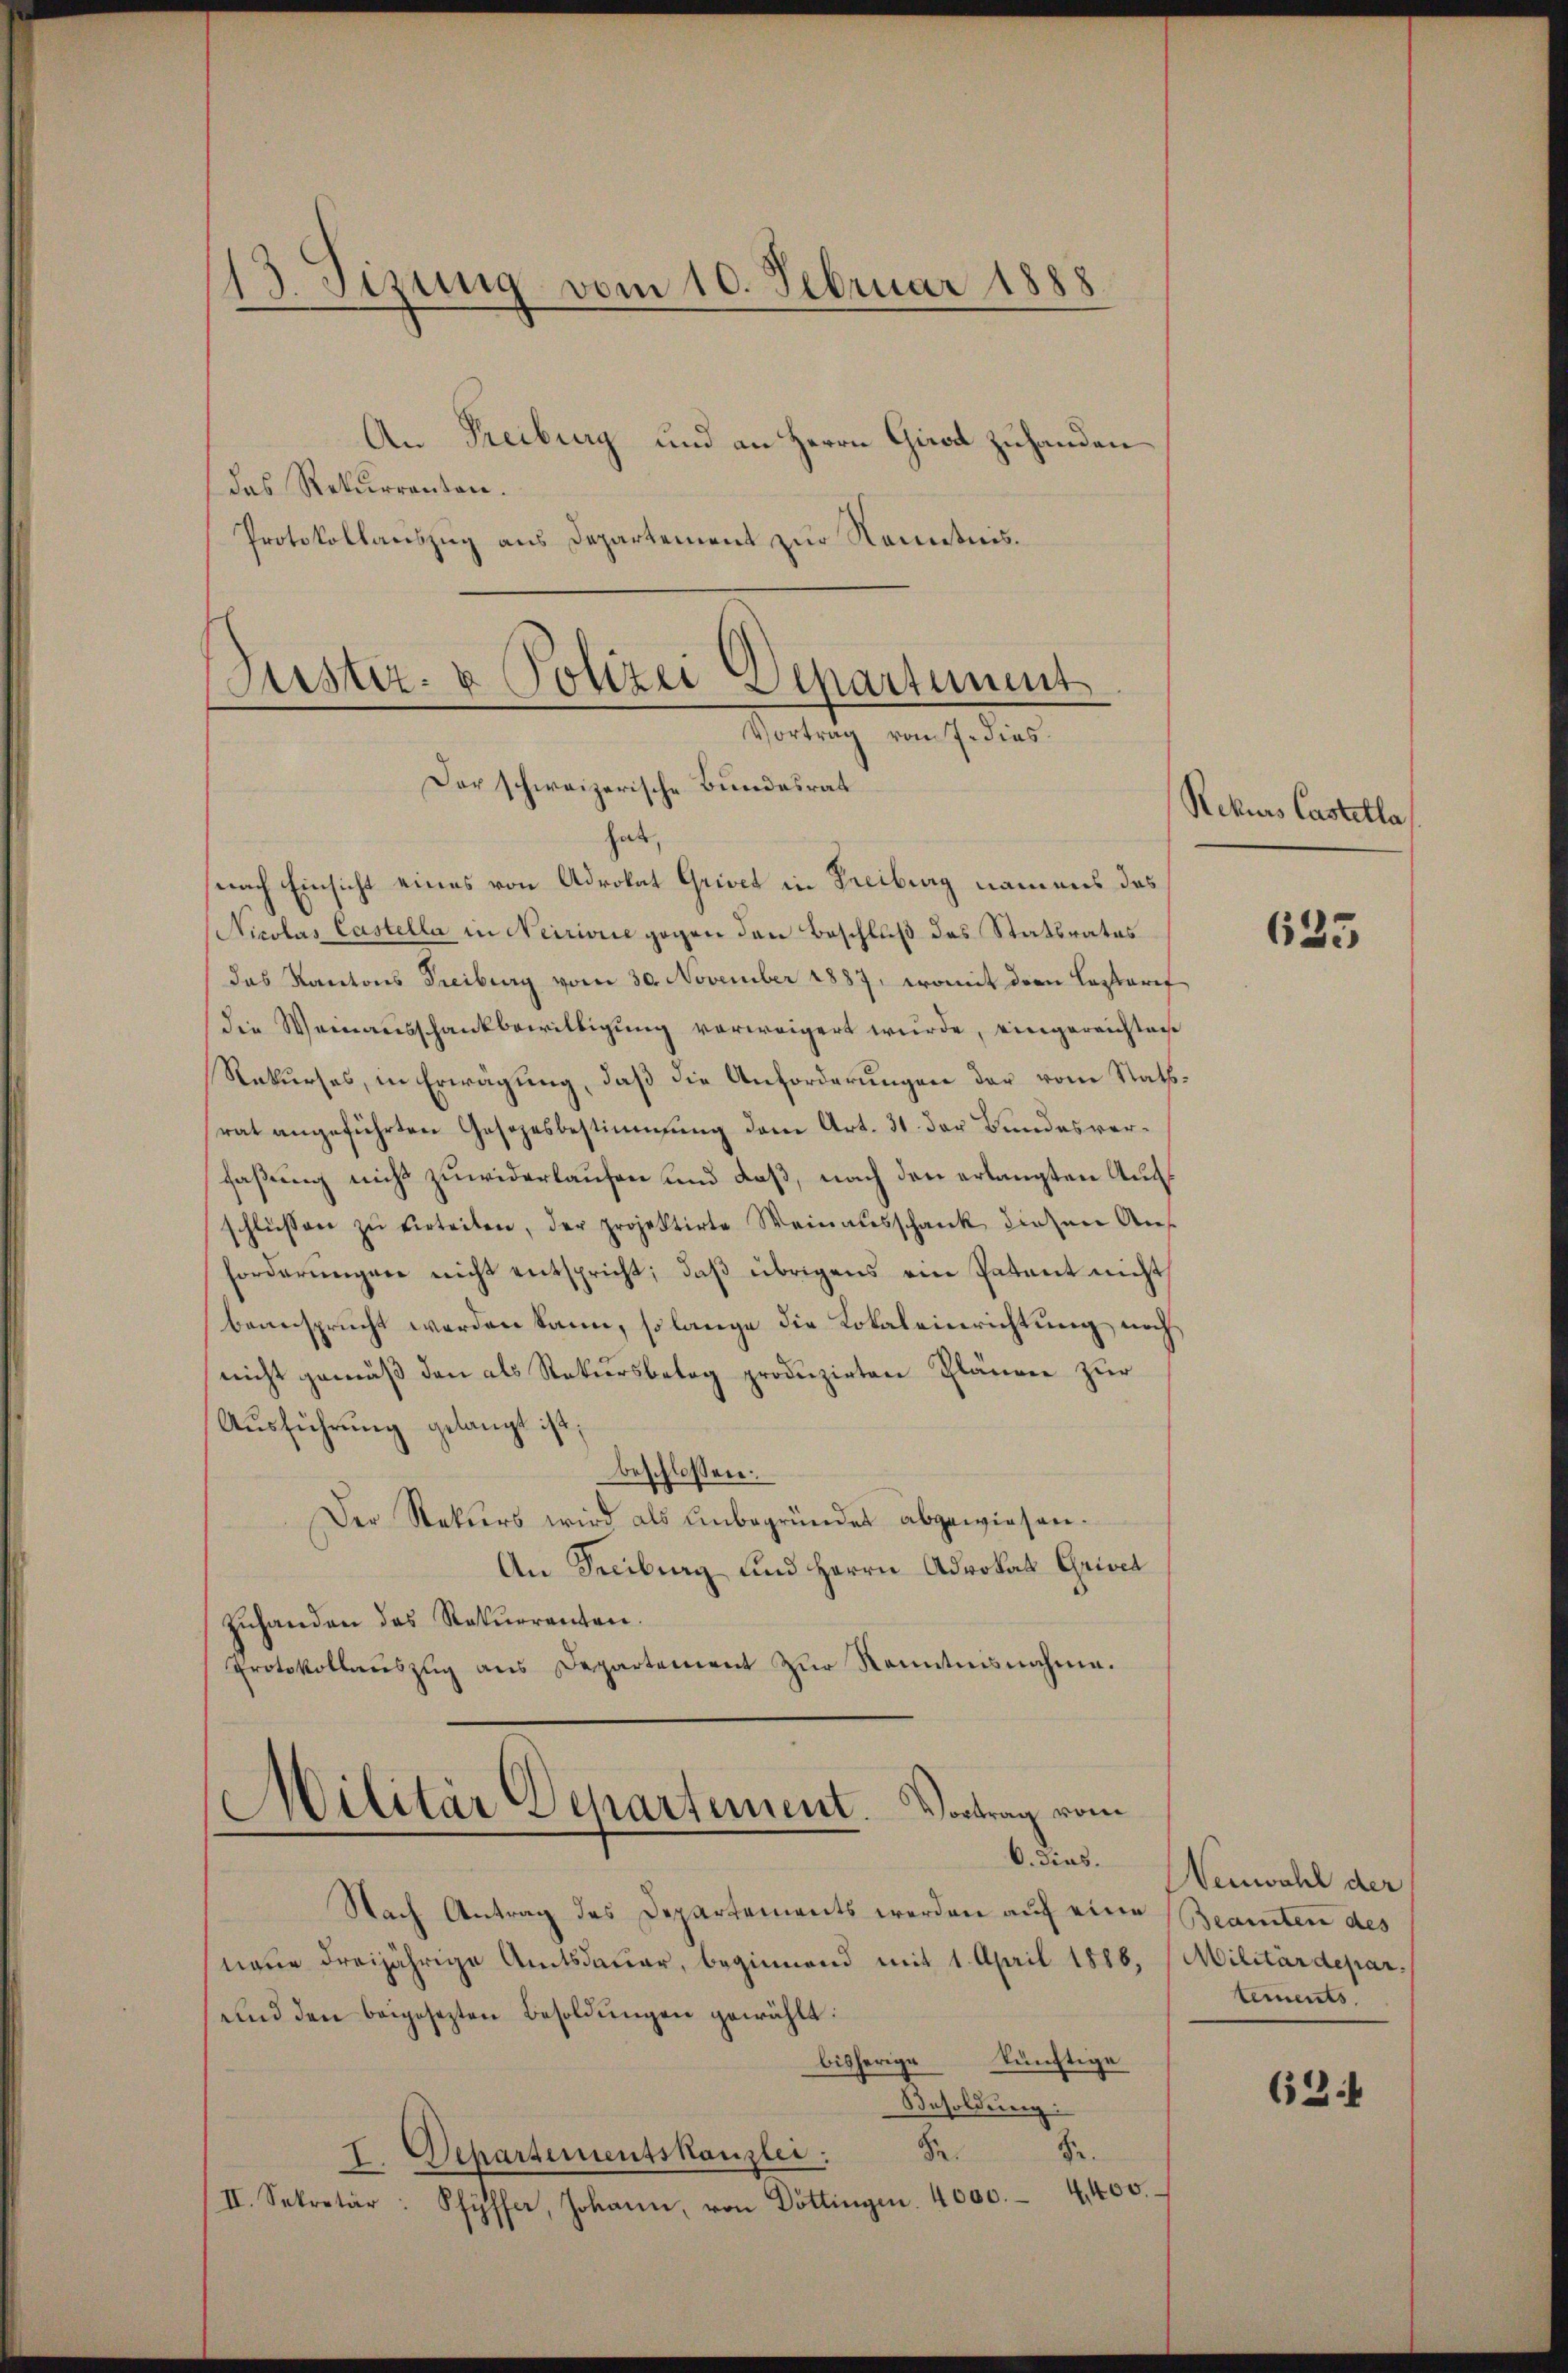
¬
d. Sizung vom 10. Februar 1888

An Freiburg und an Herrn Girod zuhanden
das Rekurrenten.
Protokollauszug aus Departement zur Kenntnis.

(Puster- & Polizei Departement
Vortrag vom J. dies
Der schweizerische Bundesrat
hat

nach Einsicht eines von Advokat Grivct in Freiburg namens das
Nicolas Castella in Neirione gegen den Beschluß das Statsrates
das Kantons Treiburg vom 30. November 1887, womit der Lazarif
die Weinausschankbewilligung verweigert wurde, eingereichten
Rekurses, in Erwägung, daß die Anforderungen der vom Rathsrat angeführten Gesezesbestimmung dem Art. 31. der Bundesverfaßung nicht zuwiderlaufen und daß, nach den erlangten Ausschlüssen zŭ verteilen, der projektirte Weinausschank diesen Anf
forderungen nicht entspricht; daß übrigens ein Patent nicht
beansprucht werden kann, so lange die Lokaleinrichtung noch
nicht gemäß den als Rekursbetag produzirten Plaurer zur
Ausführung gelangt ist.
beschlossen:
Der Rekurs wird als unbegründet abgewiesen.
An Freiburg und Herrn Advokat Grivet
Zuhanden das Rekurrenten.
Protokollauszug aus Departement zur Kenntnisnahme.

Nach Antrag des Departements werden auf eine
neue dreijährige Amtsdauer, beginnend mit 1. April 1886,
und den beigesezten Besoldungen gewählt:
bisherige künftige
Besoldung
I Schartementskanzlei: 2. Sr.
II. Sekretär: Pfyffer, Johann, von Döttingen. 4000. 4400.

Militär Departement. Vortrag vom

Rekurs Castetla

635

6. dies. Neuwahl der
Beamten des
Militärdepar
tements

624